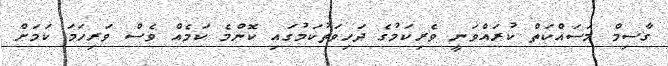
ގާސިމް މަސައްކަތް ކުރައްވަނީ ވެރިކަމުގެ ދަހިވަތުކަމުގައި ކޮންމެ ކަމެއް ވެސް ވަރިހަމަ ކަމަށް